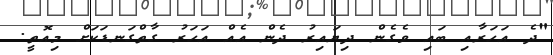
"ދެ އަހަރާއި ބައި ވެގެން ދިޔައިރު ދެން އެއް އަހަރު ގާތްގަނޑަކަށް މިއޮތީ.